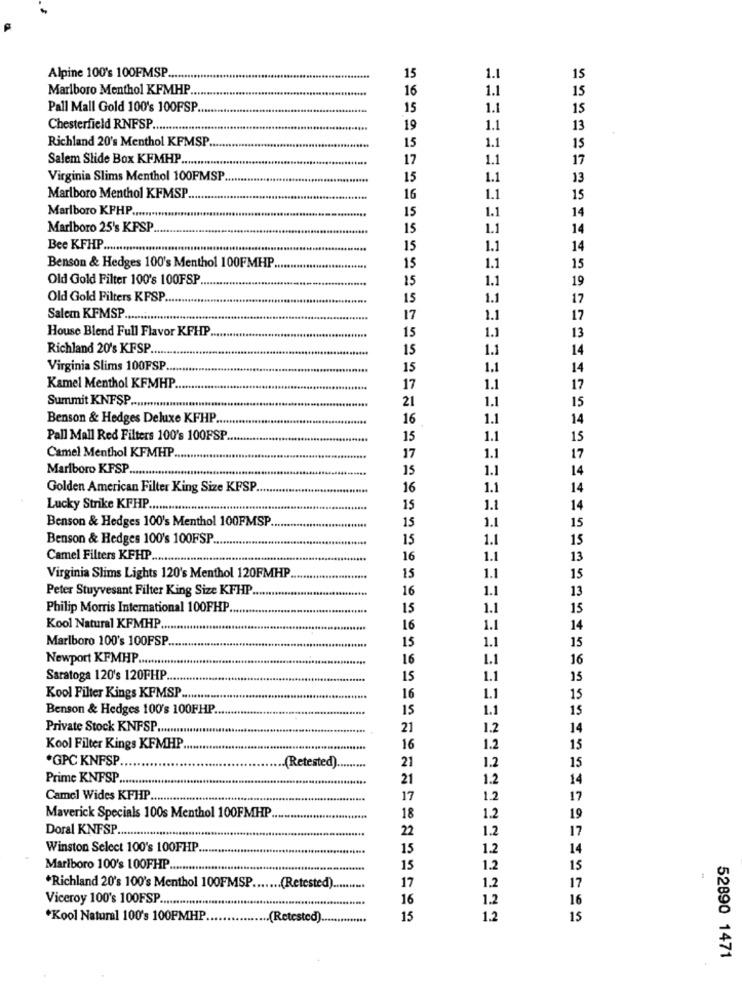
15
Alpine 100's 100FMSP ..
Marlboro Menthol KFMHP ..
Pall Mall Gold 100's 100FSP
15
Chesterfield RNFSP ..
19
1.1
Richland 20's Menthol KFMSP.
15
1.1
Salem Slide Box KFMHP ....
17
1.1
17
Virginia Slims Menthol 100FMSP
15
1.1
13
Marlboro Menthol KFMSP
16
1.1
15
14
Marlboro KPHP .........
1.1
Marlboro 25's KFSP
15
1.1
14
Bee KFHP ...............
15
1.1
14
1.1
Benson & Hedges 100's Menthol 100FMHP.
15
15
Old Gold Filter 100's 100FSP ...
15
1.1
19
Old Gold Filters KFSP
15
1.1
17
Salem KFMSP .......
17
1.1
17
15
House Blend Full Flavor KFHP
1.1
13
Richland 20's KFSP ...
15
1.1
14
Virginia Slims 100FSP ...
15
1.1
14
Kamel Menthol KFMHP
17
1.1
17
21
1.1
Summit KNFSP .............
15
Benson & Hedges Deluxe KFHP.
16
1.1
14
Pall Mall Red Filters 100's 100FSP
15
1.1
15
Camel Menthol KFMHP
1.1
P .....
17
17
Marlboro KFSP ..
15
1.1
14
Golden American Filter King Size KFSP
16
1.1
14
Lucky Strike KFHP.
15
1.1
14
Benson & Hedges 100's Menthol 100FMSP.
15
1.1
15
Benson & Hedges 100's 100FSP ..
15
1.1
15
Camel Filters KFHP
16
1.1
13
1.1
Virginia Slims Lights 120's Menthol 120FMHP
15
15
Peter Stuyvesant Filter King Size KFHP.
16
1.1
13
Philip Morris International 100PHP.
15
1.1
15
Kool Natural KFMHP.
16
1.1
14
Marlboro 100's 100FSP
1.1
15
15
Newport KFMHP ...........
16
1.1
16
Saratoga 120's 120FHP
15
1.1
15
Kool Filter Kings KFMSP ...
16
1.1
15
Benson & Hedges 100's 100FHP.
IS
1.1
15
Private Stock KNFSP .........
21
1.2
14
Kool Filter Kings KFMHP
16
1.2
15
*GPC KNFSP
21
1.2
15
(Retested) ..
Prime KNFSP ...
21
1.2
14
Camel Wides KFHP ...
17
1.2
17
Maverick Specials 100s Menthol 100FMHP
18
1.2
19
Doral KNFSP
22
1.2
17
Winston Select 100's 100FHP.
15
1.2
14
Marlboro 100's 100FHP .........
15
1.2
15
17
17
Richland 20's 100's Menthol 100FMSP ..
(Retested) ..
1.2
Viceroy 100's 100FSP
16
1.2
16
Kool Natural 100's 100FMHP.
.(Retested) ..
15
1.2
15
52890 1471